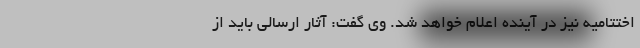
اختتامیه نیز در آینده اعلام خواهد شد. وی گفت: آثار ارسالی باید از